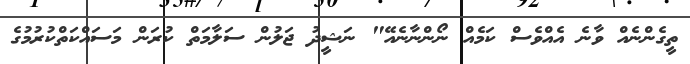
ތީގެންނެއް ވާނެ އެއްވެސް ކަމެއް ނޯންނާނެއޭ" ނަޝީދު ޖަލުން ސަލާމަތް ކުރަން މަސައްކަތްކުރުމުގެ